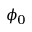
\phi _ { 0 }